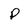
Character: P